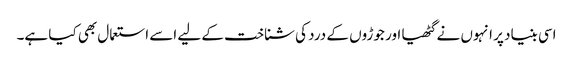
اسی بنیاد پر انہوں نے گٹھیا اور جوڑوں کے درد کی شناخت کے لیے اسے استعمال بھی کیا ہے۔